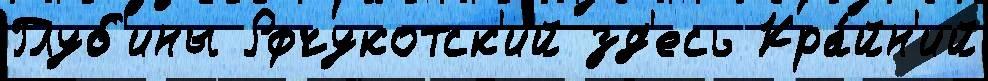
Глуб'ины Рфчукотск'ий зд'есь Кра́йн'ий